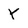
Character: Y